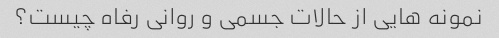
نمونه هایی از حالات جسمی و روانی رفاه چیست؟